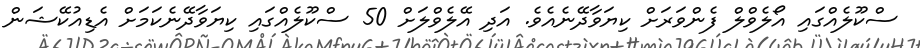
ސްކޫލެއްގައި އޯލެވްލް ފެންވަރަށް ކިޔަވާދޭނެއެވެ. އަދި އޭލެވްލަށް 50 ސްކޫލެއްގައި ކިޔަވާދޭނެކަމަށް އެޑިއުކޭޝަން